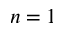
n = 1